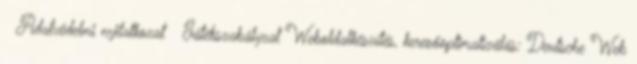
Adatvédelmi nyilatkozat Játékszabályzat Weboldalkészítés, keresőoptimalizálás: Deutsche Web